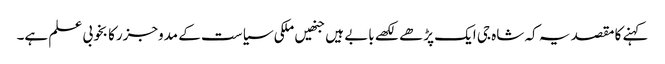
کہنے کا مقصد یہ کہ شاہ جی ایک پڑھے لکھے بابے ہیں جنھیں ملکی سیاست کے مدوجزرکا بخوبی علم ہے۔